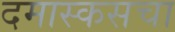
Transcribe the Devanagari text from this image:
दमास्कसचा